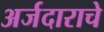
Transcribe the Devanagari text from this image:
अर्जदाराचे